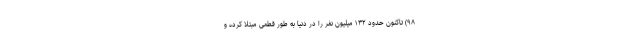
۹۸) تاکنون حدود ۱۳۲ میلیون نفر را در دنیا به طور قطعی مبتلا کرده و